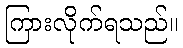
ကြားလိုက်ရသည်။